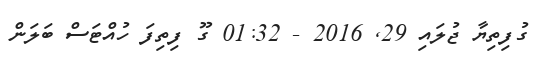
ގުފިތިޔާ ޖުލައި 29